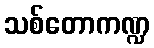
သစ်တောကဏ္ဍ